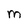
Character: M